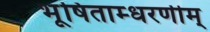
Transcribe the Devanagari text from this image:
भूषिताम्धरणीम्